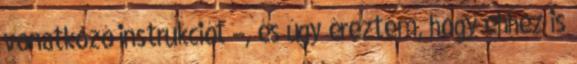
vonatkozó instrukciót –, és úgy éreztem, hogy ehhez is